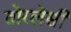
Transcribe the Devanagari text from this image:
तोरलेसी